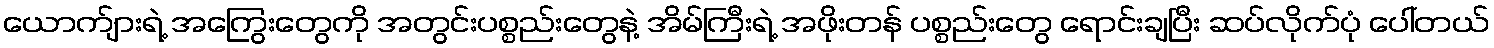
ယောက်ျားရဲ့ အကြွေးတွေကို အတွင်းပစ္စည်းတွေနဲ့ အိမ်ကြီးရဲ့ အဖိုးတန် ပစ္စည်းတွေ ရောင်းချပြီး ဆပ်လိုက်ပုံ ပေါ်တယ်